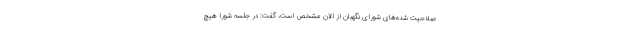
صلاحیت شده‌های شورای نگهبان از الان مشخص است، گفت: در جلسه شورا هیچ